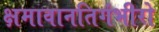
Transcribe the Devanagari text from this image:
क्षमावानतिगंभीरो